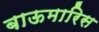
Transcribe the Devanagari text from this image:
बाऊमारिस